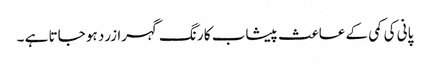
پانی کی کمی کے عاعث پیشاب کا رنگ گہرا زرد ہو جاتا ہے ۔